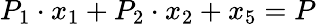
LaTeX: P_{1}\cdot x_{1}+P_{2}\cdot x_{2}+x_{5}=P